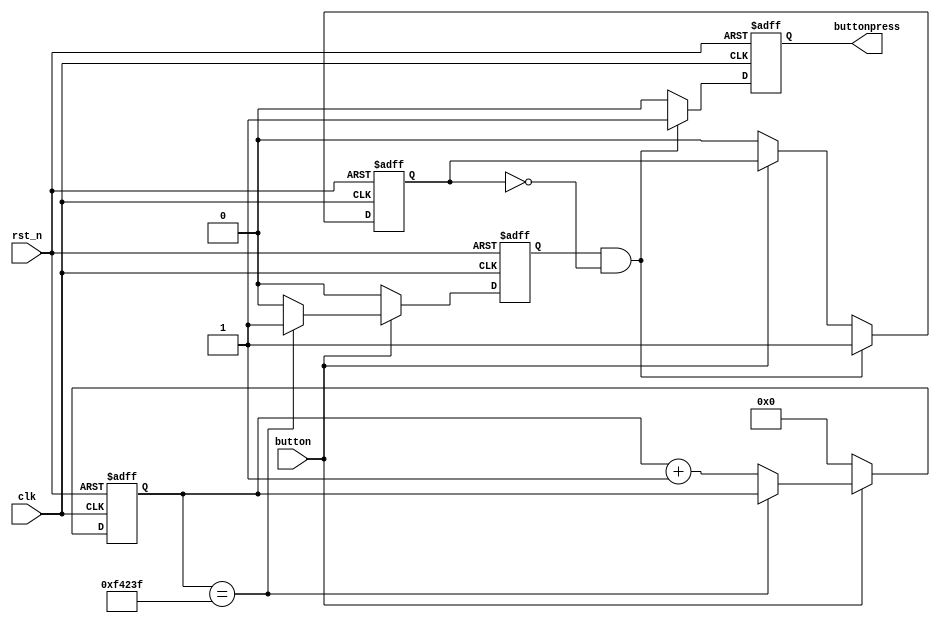
`timescale 1ns / 1ps
//////////////////////////////////////////////////////////////////////////////////
// Company: 
// Engineer: 
// 
// Design Name: 
// Module Name:    button 
// Project Name: 
// Target Devices: 
// Tool versions: 
// Description: 
//
// Dependencies: 
//
// Revision: 
// Revision 0.01 - File Created
// Additional Comments: 
//
//////////////////////////////////////////////////////////////////////////////////
module button(
	input clk,
	input rst_n,
	input button,
	output reg buttonpress
);


reg [19:0] count;
reg en;
reg update;


always@(posedge clk or posedge rst_n)
begin
	if(rst_n)
	begin
		count <= 20'h0;
		en<=1'b0;
		update <= 1'b0;
		buttonpress <= 1'b0;
	end
	else
	begin
		buttonpress <= 1'b0;
		if(button)
		begin
			if(count == 20'd9_99999)
			begin
				en <= 1'b1;
			end
			else
			begin
				count <= count + 20'h1;
				en <= 1'b0;
			end
		end
		else
		begin
			count <= 20'h0;
			en <= 1'b0;
			update <= 1'b0;
		end
		if(en && !update)
		begin
			buttonpress <= 1'b1;
			update <= 1'b1;
		end
	end
end
endmodule